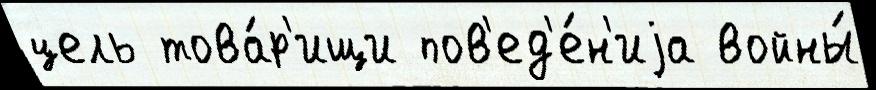
цель това́р'ищи пов'ед'е́н'иjа войны́